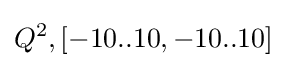
Q^{2},[-10..10,-10..10]